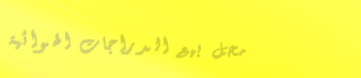
محل بيع الدراجات الهوائية